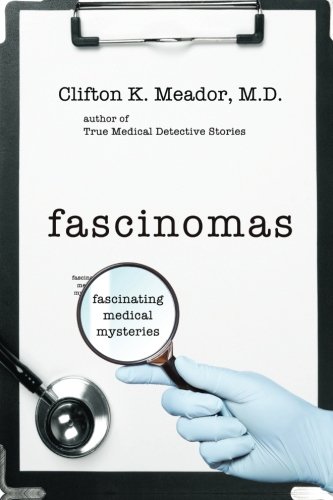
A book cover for Fascinomas - Fascinating Medical Mysteries; M.D., Clifton  K. Meador; Medical Books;